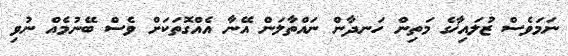
ނަމަވެސް ޒުލައިޚާގެ މަތިން ހަނދާން ނައްތާލަން އޭނާ އެއްގޮތަކަށް ވެސް ބޭނުމެއް ނުވި